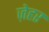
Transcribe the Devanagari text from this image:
ज़ेहर